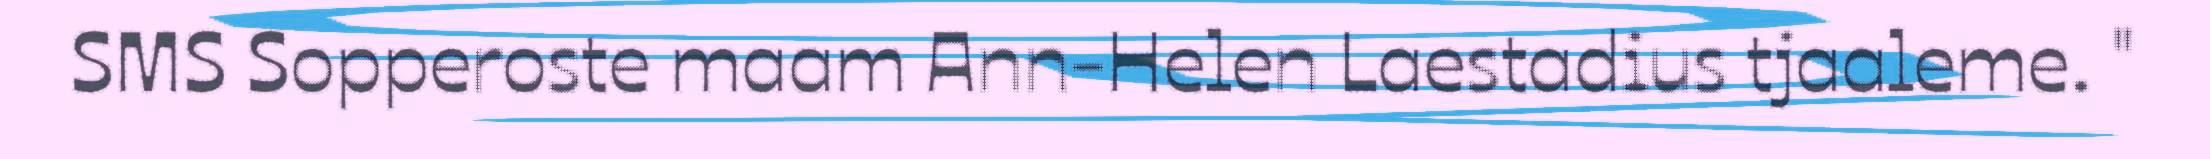
SMS Sopperoste maam Ann-Helen Laestadius tjaaleme. "